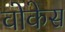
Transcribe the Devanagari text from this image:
वोकेस